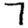
Digit: 7